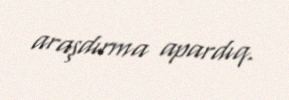
araşdırma apardıq.